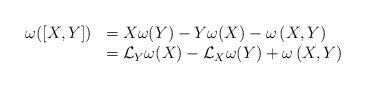
LaTeX: \begin{align*}\begin{array}{rl}\omega([X,Y])&=X\omega(Y)-Y\omega(X)-\omega\,(X,Y)\\&=\mathcal L_Y\omega(X)-\mathcal L_X\omega(Y)+\omega\,(X,Y) \end{array}\end{align*}